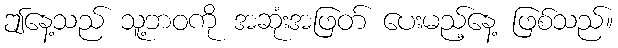
ဤနေ့သည် သူ့ဘဝကို အဆုံးအဖြတ် ပေးမည့်နေ့ ဖြစ်သည်။